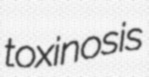
toxinosis